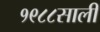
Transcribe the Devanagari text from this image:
१९८८साली